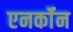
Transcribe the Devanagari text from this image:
एनर्कॉन